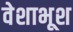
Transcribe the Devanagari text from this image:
वेशाभूश